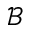
\mathcal { B }